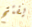
يفتح